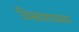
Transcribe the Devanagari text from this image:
विश्रामावस्था